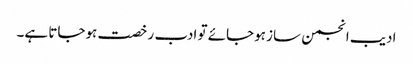
ادیب انجمن ساز ہوجائے تو ادب رخصت ہوجاتا ہے۔